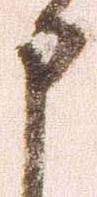
申